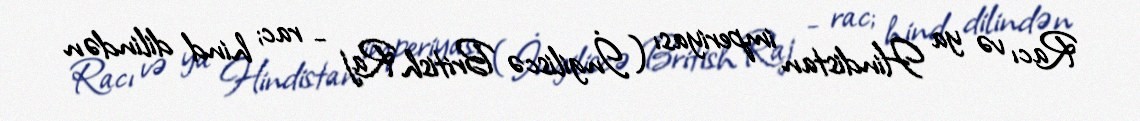
Racı və ya Hindistan imperiyası (İngiliscə British Raj - rac; hind dilindən